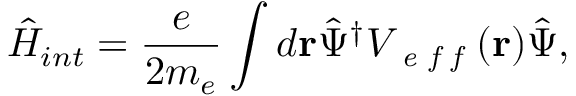
\hat { H } _ { i n t } = \frac { e } { 2 m _ { e } } \int d \mathbf { r } \hat { \Psi } ^ { \dag } V _ { \textit { e f f } } ( \mathbf { r } ) \hat { \Psi } ,